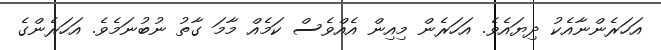
އަހަރެންނާއެކު ދިޔައެވެ. އަހަރެން މިއިން އެއްވެސް ކަމެއް މާމަ ގާތު ނުބުނަމެވެ. އަހަރެންގެ